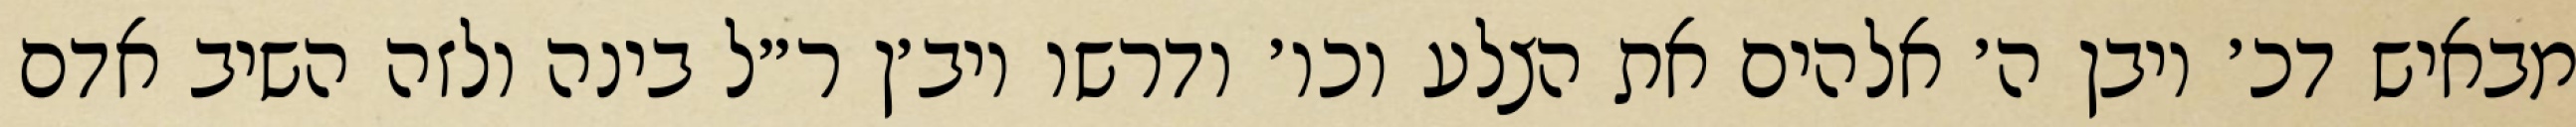
מבאיש דכ׳ ויבן ה׳ אלהים את הצלע וכו׳ ודרשו ויב׳ן ר״ל בינה ולזה השיב אדם